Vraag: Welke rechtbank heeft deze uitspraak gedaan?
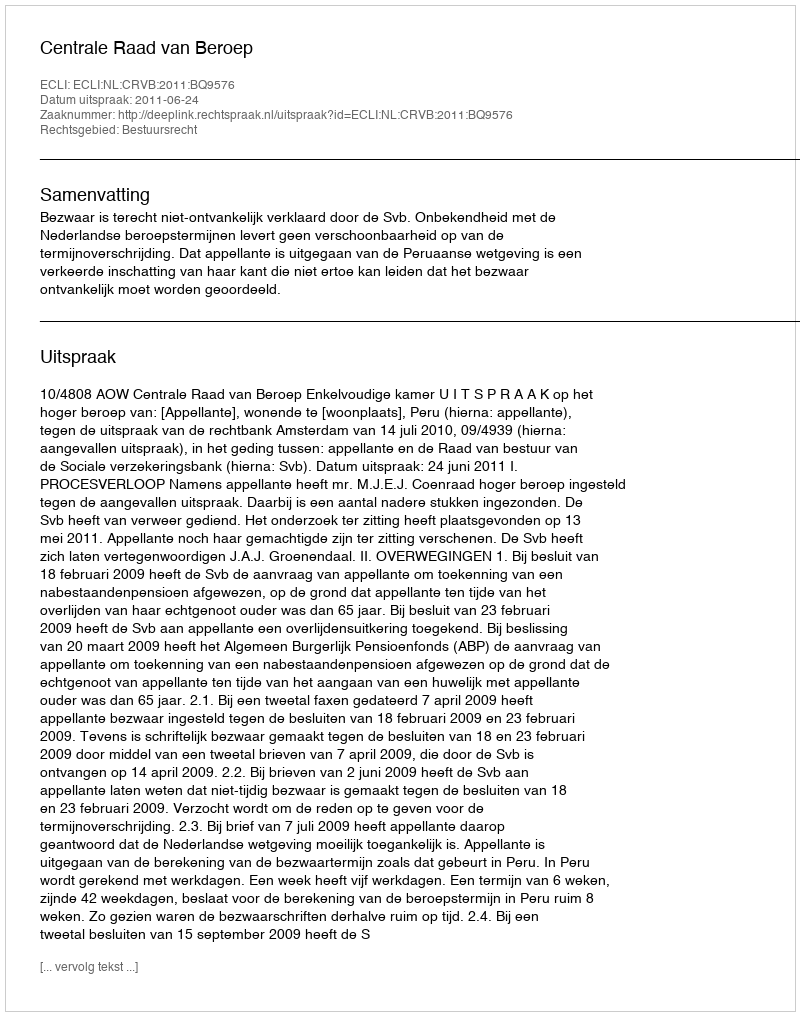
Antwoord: Centrale Raad van Beroep